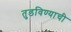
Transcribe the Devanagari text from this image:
तुडविण्याची